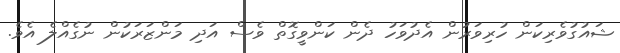
ޝައުގުވެރިކަން ހުރިވަރުން އެދުވަހު ދެން ކަންވީގޮތް ވެސް އަދި މަންޒަރަކުން ނުގެއްލެ އެވެ.